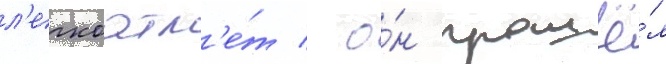
л'егкоатл'е́т / о́н прошё́л